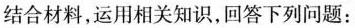
结合材料，运用相关知识，回答下列问题：